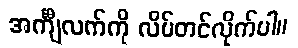
အင်္ကျီလက်ကို လိပ်တင်လိုက်ပါ။